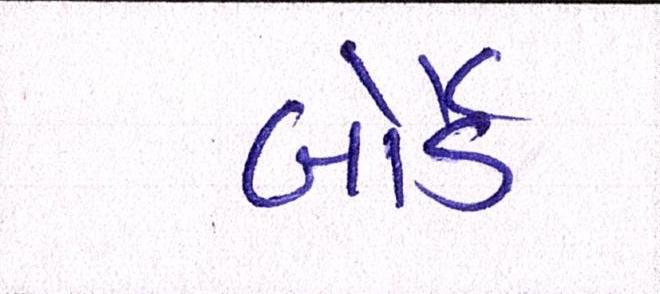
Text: બોર્ડે